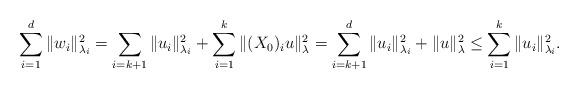
LaTeX: \begin{align*} \sum_{i=1}^d \|w_i\|_{\lambda_i}^2=\sum_{i=k+1}\|u_i\|_{\lambda_i}^2 + \sum_{i=1}^{k} \|(X_0)_iu\|^2_{\lambda} =\sum_{i=k+1}^d\|u_i\|_{\lambda_i}^2 + \|u\|^2_{\lambda} \le\sum_{i=1}^k\|u_i\|_{\lambda_i}^2. \end{align*}